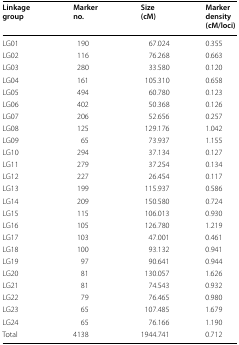
| Linkage group | Marker no. | Size (cM) | Marker density (cM/loci) |
 | --- | --- | --- | --- |
 | LG01 | 190 | 67.024 | 0.355 |
 | LG02 | 116 | 76.268 | 0.663 |
 | LG03 | 280 | 33.580 | 0.120 |
 | LG04 | 161 | 105.310 | 0.658 |
 | LG05 | 494 | 60.780 | 0.123 |
 | LG06 | 402 | 50.368 | 0.126 |
 | LG07 | 206 | 52.656 | 0.257 |
 | LG08 | 125 | 129.176 | 1.042 |
 | LG09 | 65 | 73.937 | 1.155 |
 | LG10 | 294 | 37.134 | 0.127 |
 | LG11 | 279 | 37.254 | 0.134 |
 | LG12 | 227 | 26.454 | 0.117 |
 | LG13 | 199 | 115.937 | 0.586 |
 | LG14 | 209 | 150.580 | 0.724 |
 | LG15 | 115 | 106.013 | 0.930 |
 | LG16 | 105 | 126.780 | 1.219 |
 | LG17 | 103 | 47.001 | 0.461 |
 | LG18 | 100 | 93.132 | 0.941 |
 | LG19 | 97 | 90.641 | 0.944 |
 | LG20 | 81 | 130.057 | 1.626 |
 | LG21 | 81 | 74.543 | 0.932 |
 | LG22 | 79 | 76.465 | 0.980 |
 | LG23 | 65 | 107.485 | 1.679 |
 | LG24 | 65 | 76.166 | 1.190 |
 | Total | 4138 | 1944.741 | 0.712 |